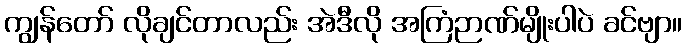
ကျွန်တော် လိုချင်တာလည်း အဲဒီလို အကြံဉာဏ်မျိုးပါပဲ ခင်ဗျာ။